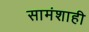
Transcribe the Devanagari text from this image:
सामंशाही